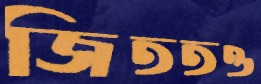
জিততও